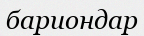
бариондар